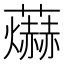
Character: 𮓊